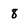
Character: 8